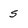
Character: 5